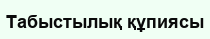
Табыстылық құпиясы